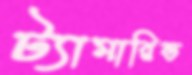
ট্যামারিন্ড